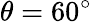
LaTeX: \theta=60^{\circ}